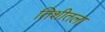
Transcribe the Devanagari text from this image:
तिशीतला